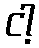
ငါ့